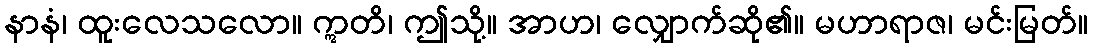
နာနံ၊ ထူးလေသလော။ ဣတိ၊ ဤသို့။ အာဟ၊ လျှောက်ဆို၏။ မဟာရာဇ၊ မင်းမြတ်။